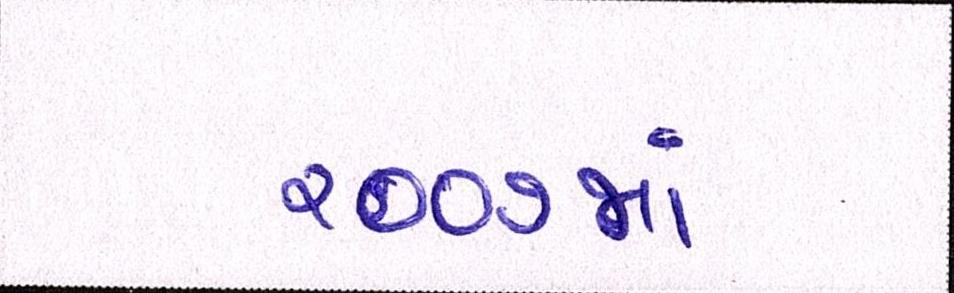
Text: ૨૦૦૭માં